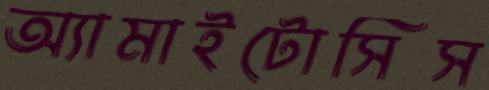
অ্যামাইটোসিস